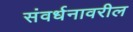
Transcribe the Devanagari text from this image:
संवर्धनावरील